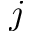
j